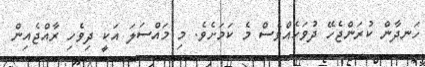
ހަނދާން ކުރަންޖެހޭ ދުވަހެއްވެސް މެ ކަމަށެވެ. މި މައްސަލަ އަކީ ދިވެހި ރާއްޖެއިން